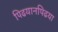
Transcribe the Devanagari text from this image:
पिढयानपिढया